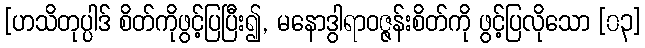
[ဟသိတုပ္ပါဒ် စိတ်ကိုဖွင့်ပြပြီး၍, မနောဒွါရာဝဇ္ဇန်းစိတ်ကို ဖွင့်ပြလိုသော [၀၃]